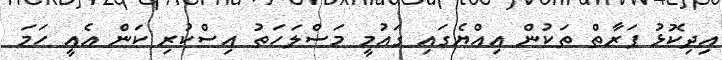
އިދިކޮޅު ފަރާތް ތަކުން އިއްޔެގައި ގައުމީ މަސްލަހަތު އިސްކުރި ކަން އެއީ ހަމަ